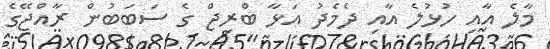
މާލެ އާއި ހުޅުލެ އާއި ދެމެދު އަޅާ ބްރިޖް ގެ ސަބަބުން ރާއްޖޭގެ